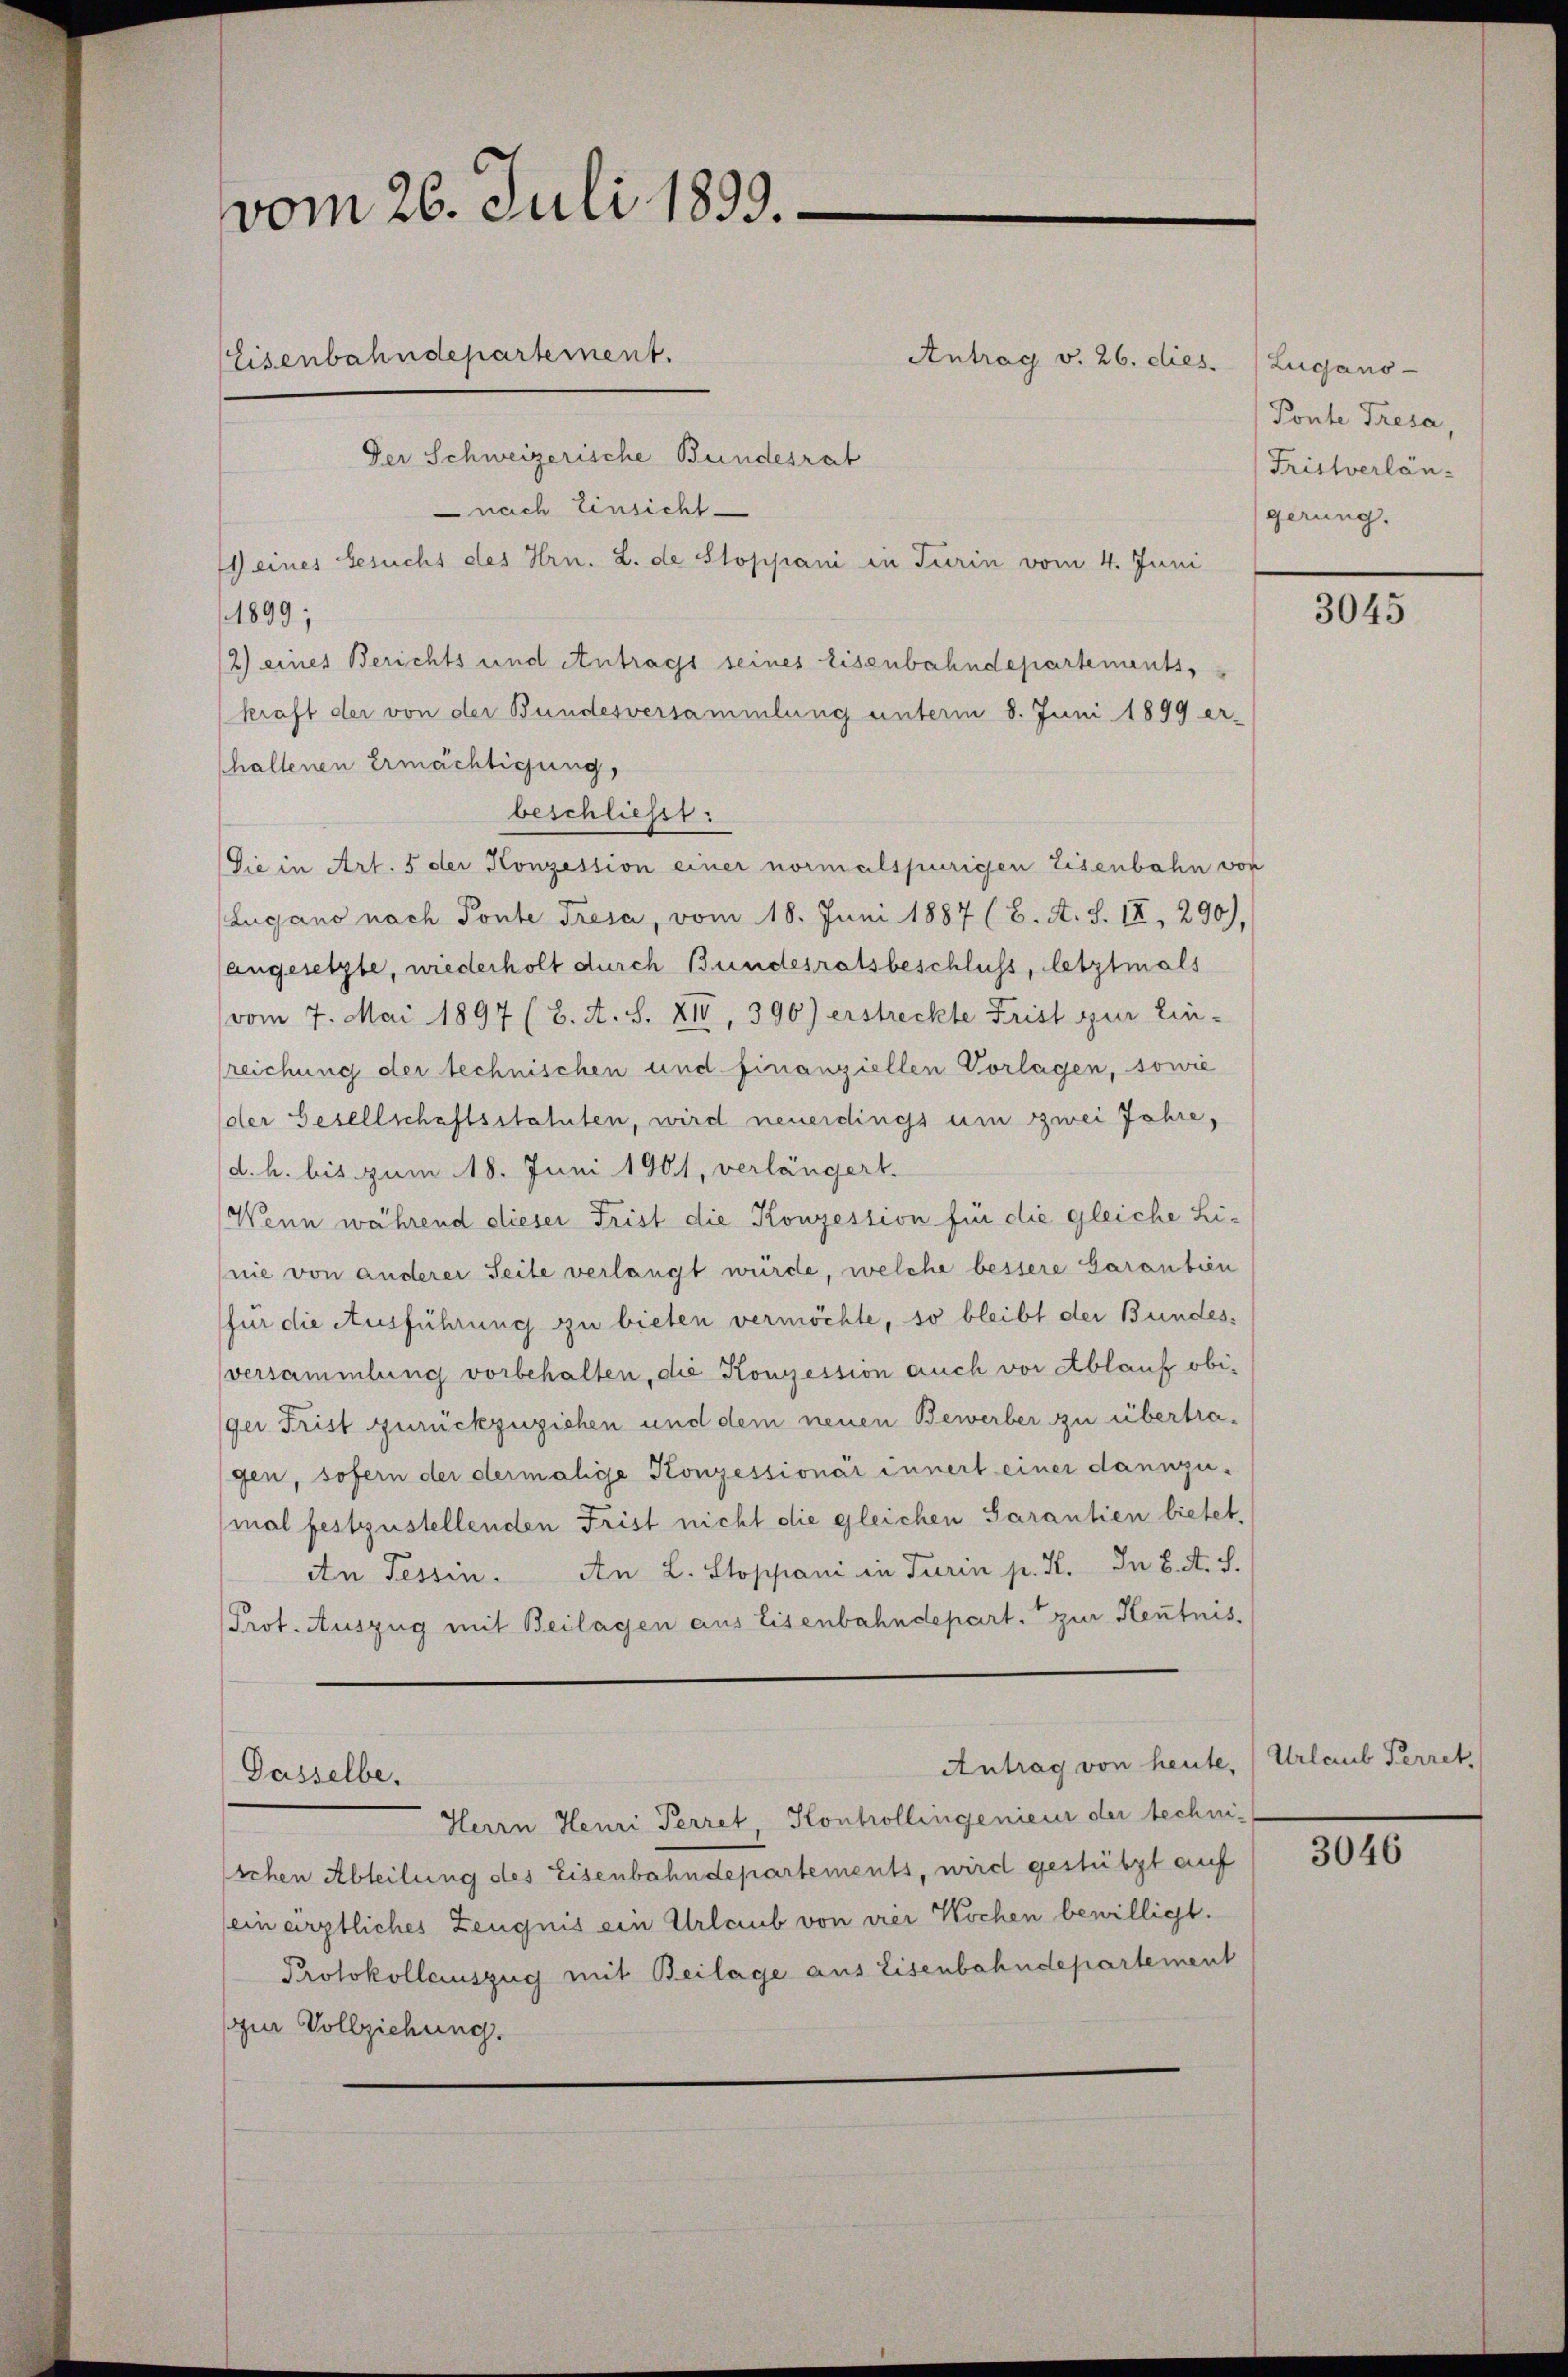
vom 26. Juli 1899.
Eisenbahndepartement.

Antrag v. 26. dies. Lugano-
Der Schweizerische Bundesrat
nach Einsicht
) eines Gesuchs des Hrn. L. de Stoppani in Turin vom 4. Juni
1899:
2) eines Berichts und Antrags seines Eisenbahndepartements,
kraft der von der Bundesversammlung unterm 8. Juni 1899 er-
haltenen Ermächtigung,
beschließt:
Die in Art. 5 der Konzession einer normalspurigen Eisenbahn von
Lugano nach Ponte Tresa, vom 18. Juni 1887 (2. A. S. 12, 290),
angesetzte, wiederholt durch Bundesratsbeschluss, letztmals
vom 7. Mai 1897 (2. A. S. XIV, 396) erstreckte Frist zur Ein-
reichung der technischen und finanziellen Vorlagen, sowie
der Gesellschaftsstatuten, wird neuerdings um zwei Jahre,
d. h. bis zum 18. Juni 1901, verlängert.
Wenn während dieser Frist die Konzession für die gleiche Linie von anderer Seite verlangt würde, welche bessere Garanbien
für die Ausführung zu bieten vermöchte, so bleibt der Bundesversammlung vorbehalten, die Konzession auch vor Ablauf obiger Frist zurückzuziehen und dem neuen Bewerber zu übertragen, sofern der dermalige Konzessionär innert einer dannzumal festzustellenden Frist nicht die gleichen Sarantien bietet.
An Tessin. An L. Stoppani in Turin p. H. In 8. A. S.
Prot. Auszug mit Beilagen aus Eisenbahndepart. zur Heutnis
Antrag von heute, Urlaub Perret,
Dasselbe,
Herrn Heuri Perret, Kontrollingenieur der technischen Abteilung des Eisenbahndepartements, wird gestützt auf
(ein ärztliches Zeugnis ein Urlaub von vier Kochen bewilligt.
Protokollauszug mit Beilage aus Eisenbahndepartement
(zur Vollziehung.

Ponte Tresa
Fristverlängerung.

3045

3046